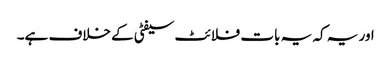
اور یہ کہ یہ بات فلائٹ سیفٹی کے خلاف ہے۔